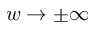
w \rightarrow \pm \infty